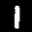
Label: 1